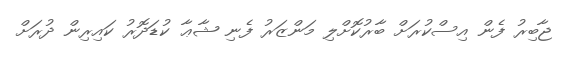
ޖާބިރު ފެން އިސްކުރަށް ބާރުކޮށްލި މަންޒަރު ފެނި ޝާޢާ ކުޑަދޮރު ކައިރިން ދުރަށް